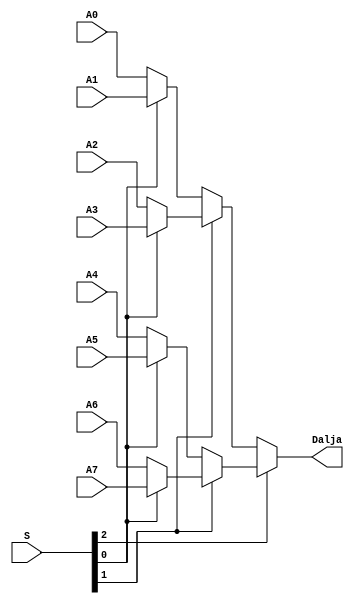
`timescale 1ns / 1ps
//////////////////////////////////////////////////////////////////////////////////
// Company: 
// Engineer: 
// 
// Design Name: 
// Module Name: mux8ne1
// Project Name: 
// Target Devices: 
// Tool Versions: 
// Description: 
// 
// Dependencies: 
// 
// Revision:
// Revision 0.01 - File Created
// Additional Comments:
// 
//////////////////////////////////////////////////////////////////////////////////


module mux8ne1(
    input A0,
    input A1,
    input A2,
    input A3,
    input A4,
    input A5,
    input A6,
    input A7,
    input [2:0] S,
    output Dalja
    );
    
//    s 000 a0  AND
//    s 001 a1  SLTI
//    s 010 a2  OR
//    s 011 a3  XOR
//    s 100 a4  ADD, ADDI
//    s 101 a5  SUB, SUBI
//    s 111 a6  SLL 
//    s 110 a7  SRA

assign Dalja = S[2] ? 
               (S[1] ? (S[0] ? A7 : A6) : (S[0] ? A5 : A4)) : 
               (S[1] ? (S[0] ? A3 : A2) : (S[0] ? A1 : A0));



endmodule